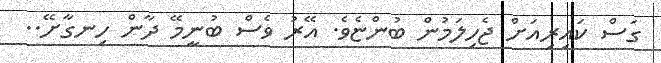
ގަސް ކައިރިއަށް ޖެހިލަމުން ބުންޏެވެ. އޭރު ވެސް ބުނީމޭ ދާން ހިނގާށޭ..